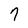
Character: 7